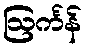
ဩင်္ကန်